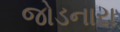
જોડનારા